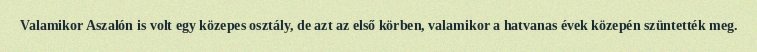
Valamikor Aszalón is volt egy közepes osztály, de azt az első körben, valamikor a hatvanas évek közepén szüntették meg.